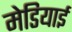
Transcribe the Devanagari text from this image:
मेडियाई